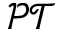
\mathcal { P T }